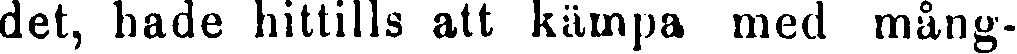
det, hade hittills att kämpa med mång-